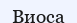
Виоса